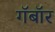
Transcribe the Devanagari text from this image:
गॅबॉर